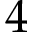
4